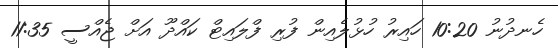
ހެނދުނު 10:20 ހައިރު ހުޅުލެއިން ފުރި ފްލައިޓް ކައްދޫ އަށް ޖެއްސީ 11:35